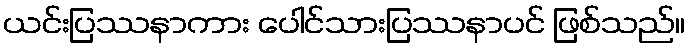
ယင်းပြဿနာကား ပေါင်သားပြဿနာပင် ဖြစ်သည်။